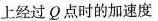
上经过Q点时的加速度